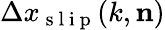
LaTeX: \Delta x_{\mathrm{~s~l~i~p~}}(k,\mathbf{n})